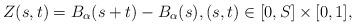
LaTeX: \begin{align*} Z(s,t)=B_\alpha(s+t)-B_\alpha(s),(s,t)\in[0,S]\times[0,1],\end{align*}